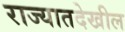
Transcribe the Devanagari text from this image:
राज्यातदेखील